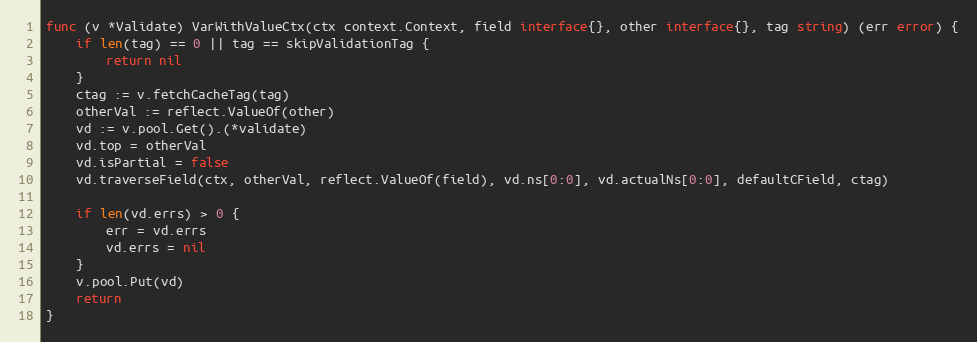
Language: Go
func (v *Validate) VarWithValueCtx(ctx context.Context, field interface{}, other interface{}, tag string) (err error) {
	if len(tag) == 0 || tag == skipValidationTag {
		return nil
	}
	ctag := v.fetchCacheTag(tag)
	otherVal := reflect.ValueOf(other)
	vd := v.pool.Get().(*validate)
	vd.top = otherVal
	vd.isPartial = false
	vd.traverseField(ctx, otherVal, reflect.ValueOf(field), vd.ns[0:0], vd.actualNs[0:0], defaultCField, ctag)

	if len(vd.errs) > 0 {
		err = vd.errs
		vd.errs = nil
	}
	v.pool.Put(vd)
	return
}